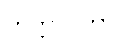
ကိတ္တာဝတာ